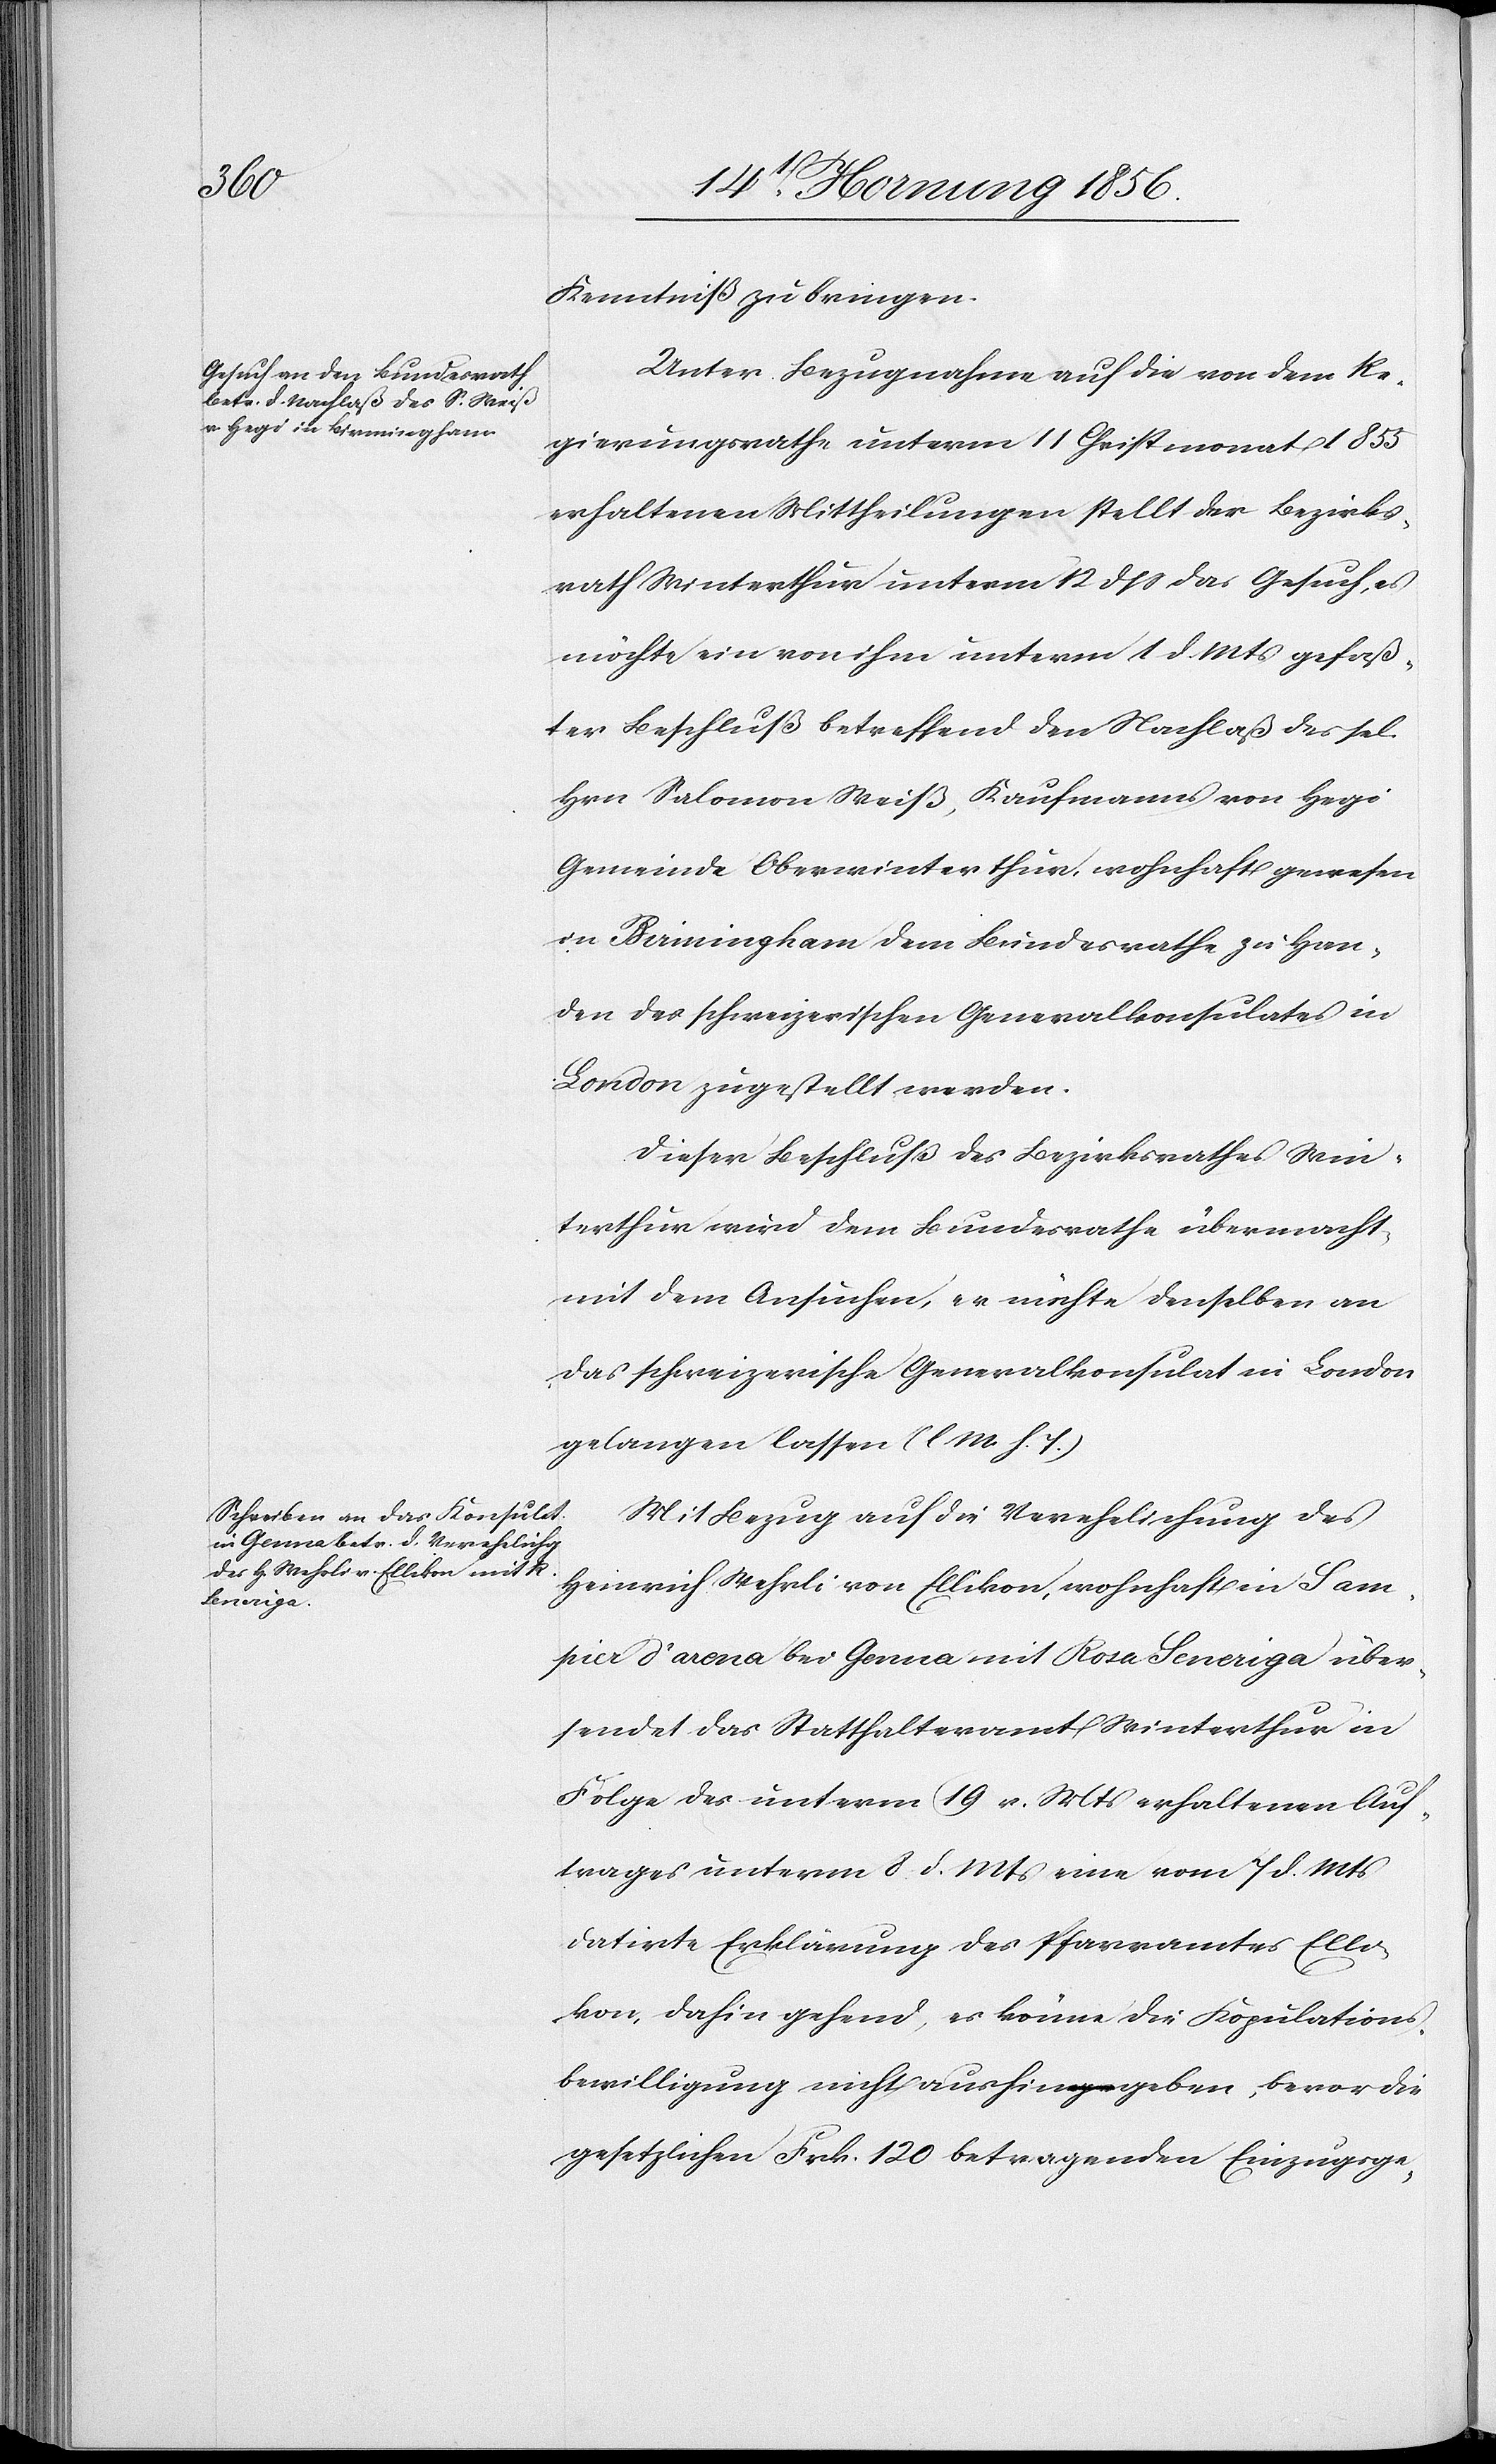
Kenntniß zu bringen.
Unter Bezugnahme auf die von dem Re¬
gierungsrathe unterm 11 Christmonat 1855
erhaltenen Mittheilungen stellt der Bezirks¬
rath Winterthur unterm 12 dß das Gesuch, es
möchte ein von ihm unterm 1 d. Mts gefaß¬
ter Beschluß betreffend den Nachlaß des sel.
Hrn Salomon Weiß, Kaufmanns von Hegi
Gemeinde Oberwinterthur, wohnhaft gewesen
in Birmingham dem Bundesrathe zu Han¬
den des schweizerischen Generalkonsulates in
London zugestellt werden.
Dieser Beschluß des Bezirksrathes Win¬
terthur wird dem Bundesrathe übermacht
mit dem Ansuchen, er möchte denselben an
das schweizerische Generalkonsulat in London
gelangen lassen (l M. h. T.)
Mit Bezug auf die Verehelichung des
Heinrich Wehrli von Ellikon, wohnhaft in Sam¬
pier d’arena bei Genua mit Rosa Seneriga über¬
sendet das Statthalteramt Winterthur in
Folge des unterm 19 v. Mts erhaltenen Auf¬
trages unterm 8 d. Mts eine vom 7 d. Mts
datirte Erklärung des Pfarramtes Elli¬
kon, dahin gehend, es könne die Kopulations¬
bewilligung nicht aushingeben, bevor die
gesetzlichen Frk. 120 betragenden Einzugsge-